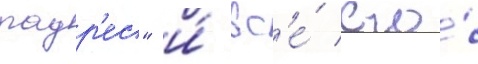
падр'ес" и́ вс'е́ его́